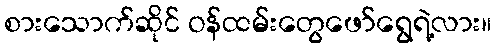
စားသောက်ဆိုင် ဝန်ထမ်းတွေဖော်ရွေရဲ့လား။